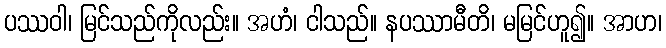
ပဿဝါ၊ မြင်သည်ကိုလည်း။ အဟံ၊ ငါသည်။ နပဿာမီတိ၊ မမြင်ဟူ၍။ အာဟ၊